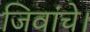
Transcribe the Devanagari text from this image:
जिवांचे।